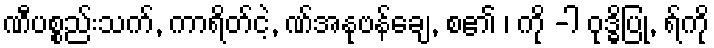
ဏီပစ္စည်းသက်, ကာရိတ်ငဲ့, ဏ်အနုဗန်ချေ, စ၏ ၊ ကို -ါ ဝုဒ္ဓိပြု, ရ်ကို